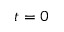
t = 0